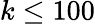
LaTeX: k\leq 100